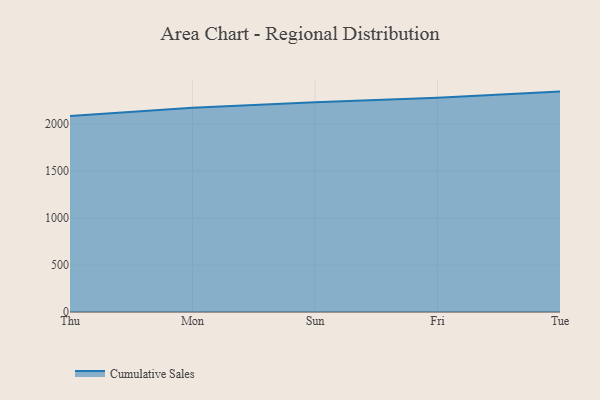
{"axis": {"x": "Day", "y": "Shipments"}, "legend": ["Cumulative Sales"], "data": [{"x": "Thu", "y": 2084.9, "type": "Cumulative Sales"}, {"x": "Mon", "y": 2173.5, "type": "Cumulative Sales"}, {"x": "Sun", "y": 2230.8, "type": "Cumulative Sales"}, {"x": "Fri", "y": 2278.9, "type": "Cumulative Sales"}, {"x": "Tue", "y": 2344.5, "type": "Cumulative Sales"}]}